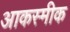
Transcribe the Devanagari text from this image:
आकस्मीक